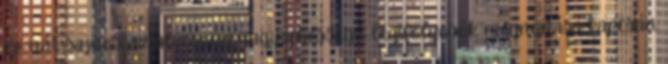
ez vár sajnos az alacsony nagysebességű légifolyosók megnyitása kapcsán